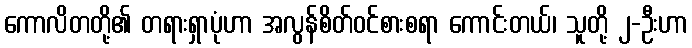
ကောလိတတို့၏ တရားရှာပုံဟာ အလွန်စိတ်ဝင်စားစရာ ကောင်းတယ်၊ သူတို့ ၂-ဦးဟာ